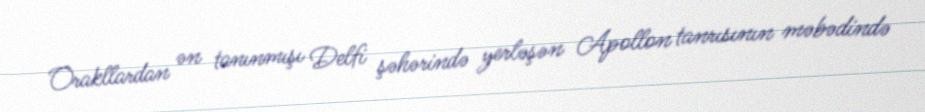
Orakllardan ən tanınmışı Delfi şəhərində yerləşən Apollon tanrısının məbədində